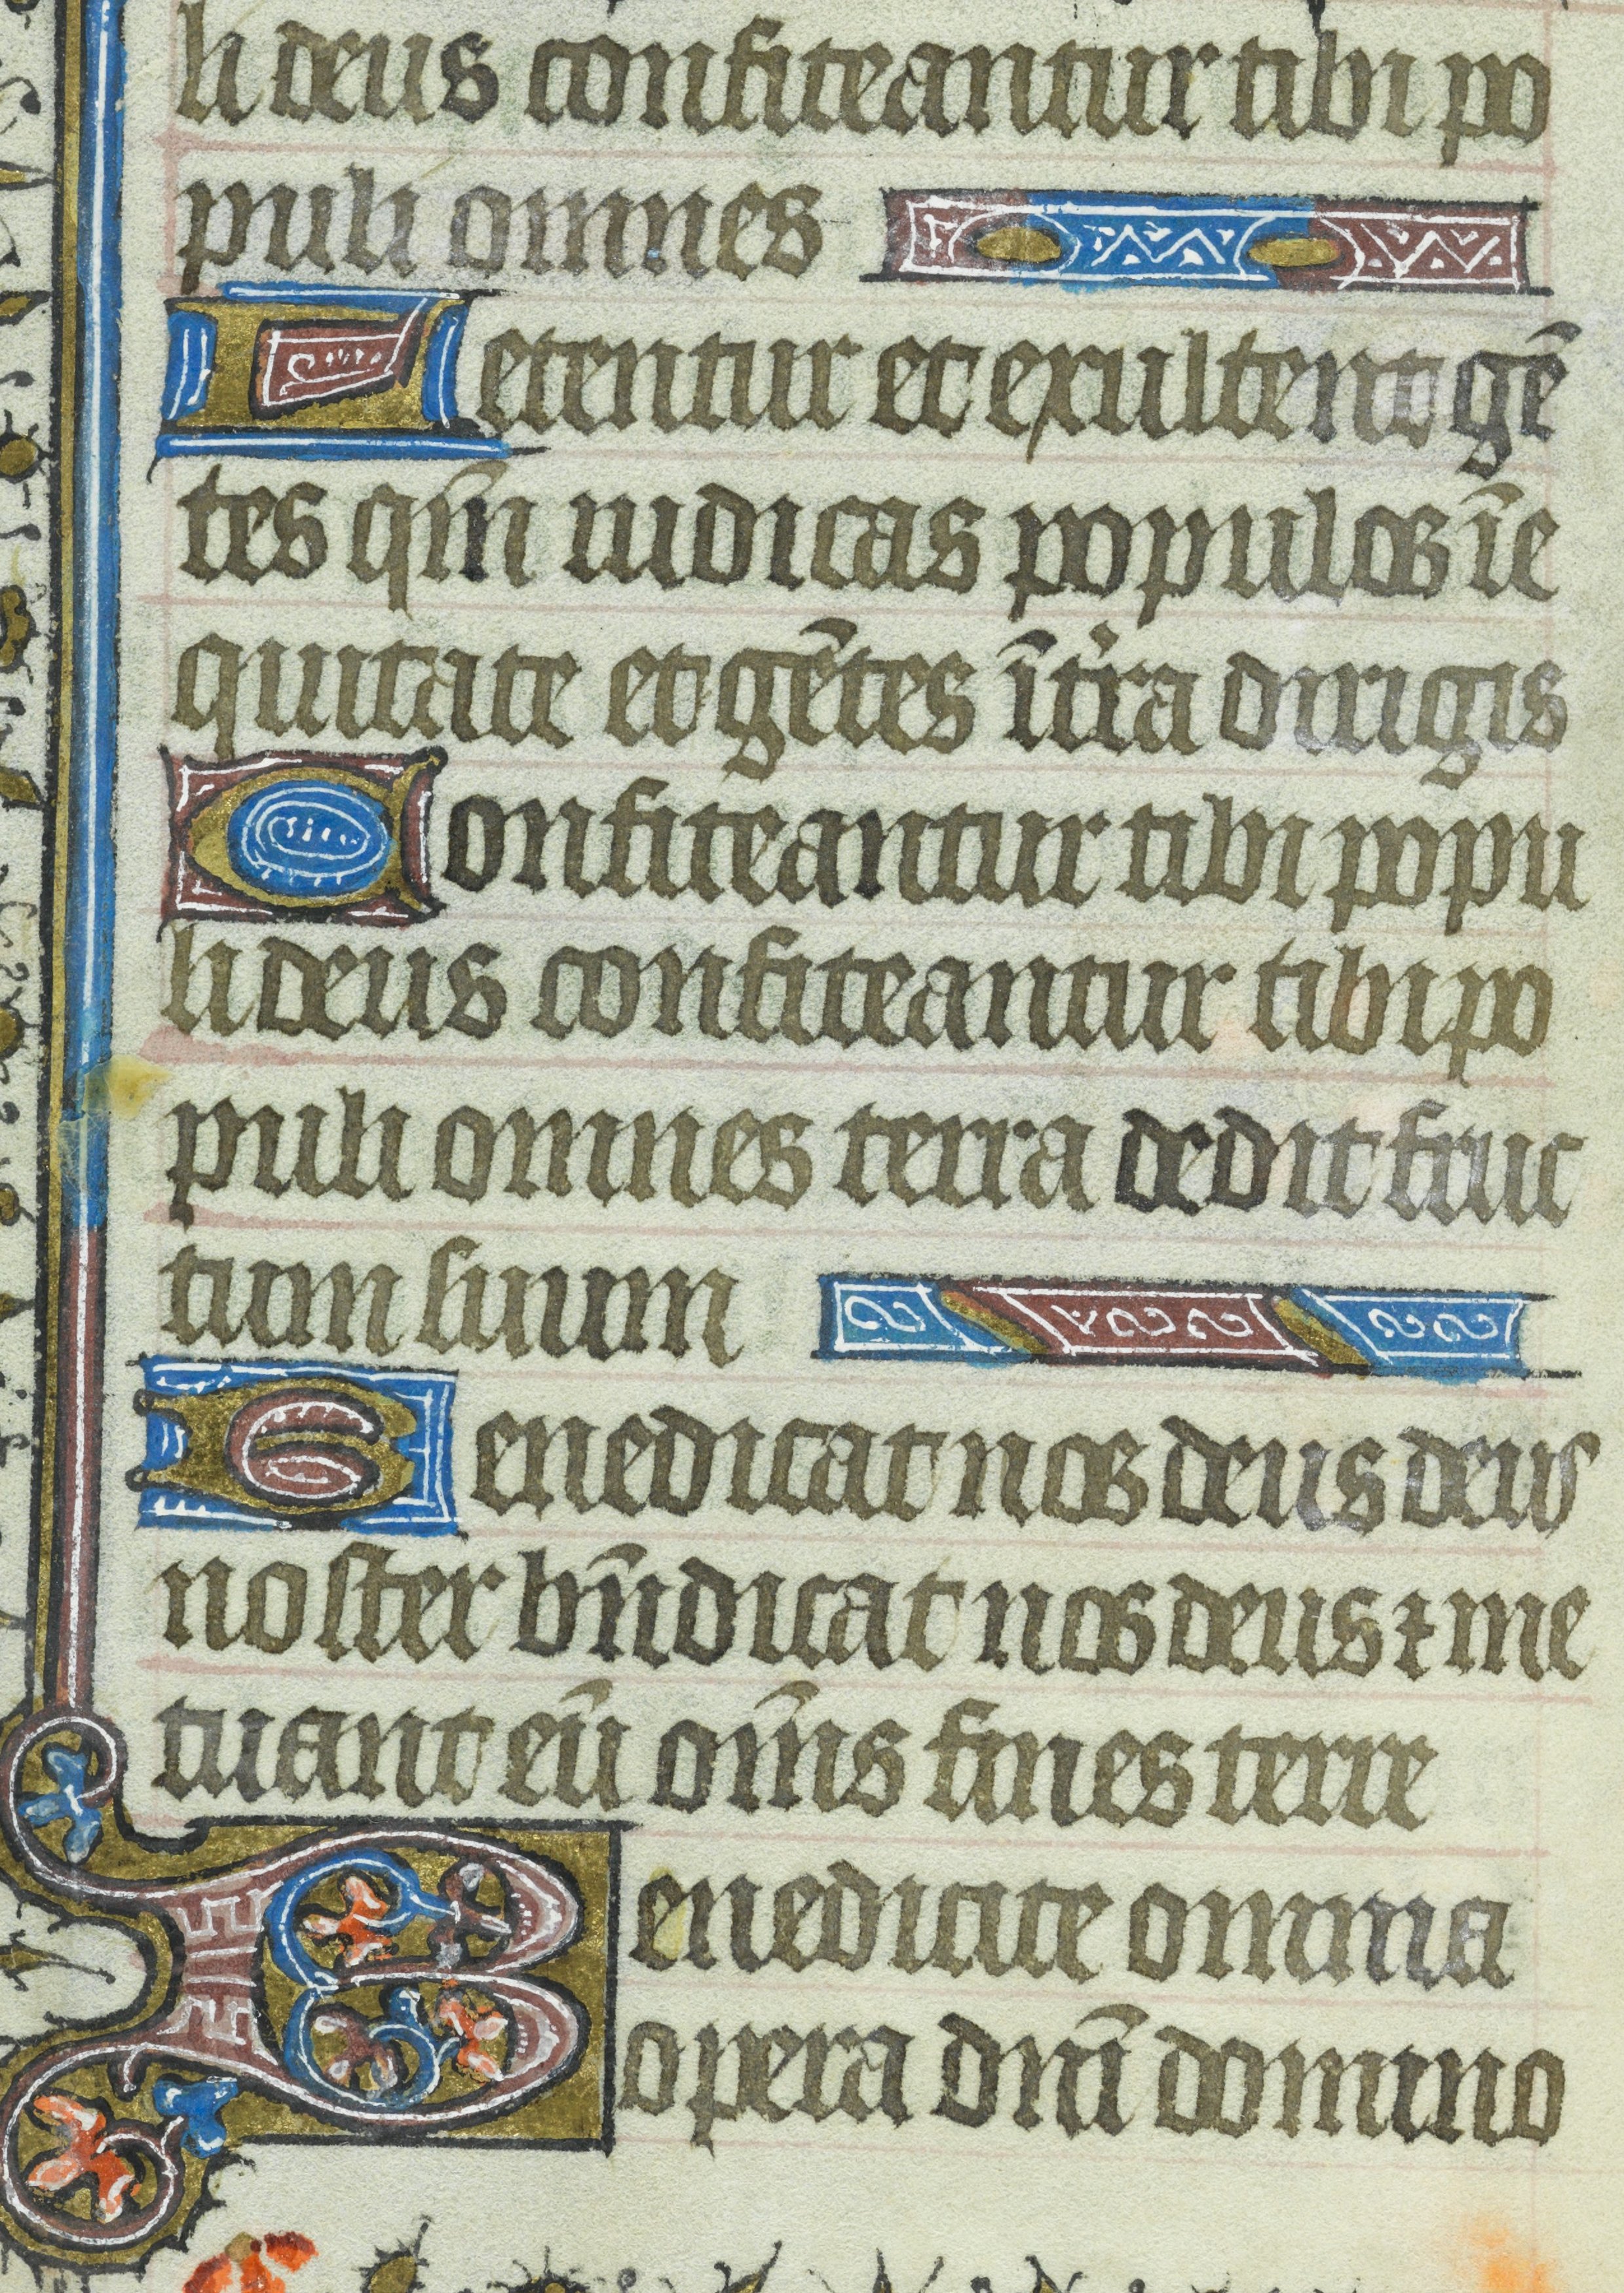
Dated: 1435–1465